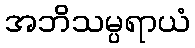
အဘိသမ္ပရာယံ